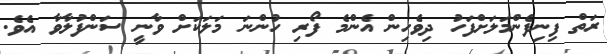
ރަތް ފިނިފެންމަލަށްފަހު ދިވެހިން އެންމެ ފޯރި ހުންނަ މަލަކަށް ވާނީ ސަންފުލާވާ އެވެ.